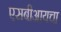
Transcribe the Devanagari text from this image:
एसबीआयचा